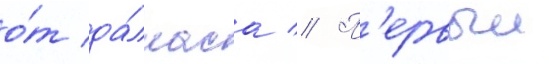
о́т да́лласа // П'ервыи